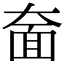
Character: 奤